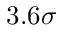
3 . 6 \sigma